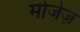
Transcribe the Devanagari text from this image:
मोजेज़